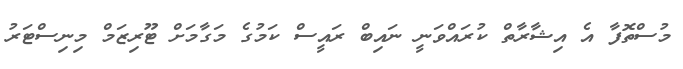
މުސްތޮފާ އެ އިޝާރާތް ކުރައްވަނީ ނައިބް ރައީސް ކަމުގެ މަގާމަށް ޓޫރިޒަމް މިނިސްޓަރު